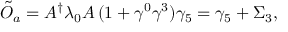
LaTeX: \tilde { O } _ { a } = A ^ { \dagger } \lambda _ { 0 } A \, ( 1 + \gamma ^ { 0 } \gamma ^ { 3 } ) \gamma _ { 5 } = \gamma _ { 5 } + \Sigma _ { 3 } ,